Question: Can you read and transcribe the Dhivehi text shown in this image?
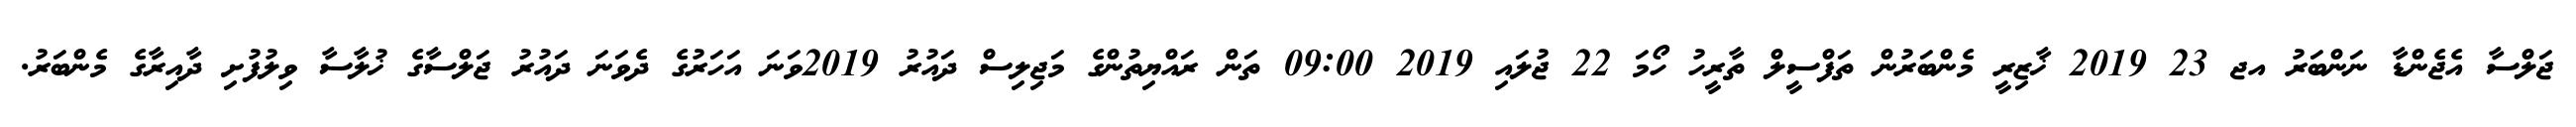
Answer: ޖަލްސާ އެޖެންޑާ ނަންބަރު އޖ 23 2019 ޚާޒިރީ މެންބަރުން ތަފްސީލް ތާރީހު ހޯމަ 22 ޖުލައި 2019 09:00 ތަން ރައްޔިތުންގެ މަޖިލިސް ދައުރު 2019ވަނަ އަހަރުގެ ދެވަނަ ދައުރު ޖަލްސާގެ ޚުލާސާ ވިލުފުށި ދާއިރާގެ މެންބަރު.